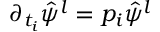
\partial _ { t _ { i } } \hat { \psi } ^ { l } = p _ { i } \hat { \psi } ^ { l }